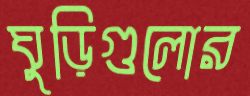
ঘুড়িগুলোর